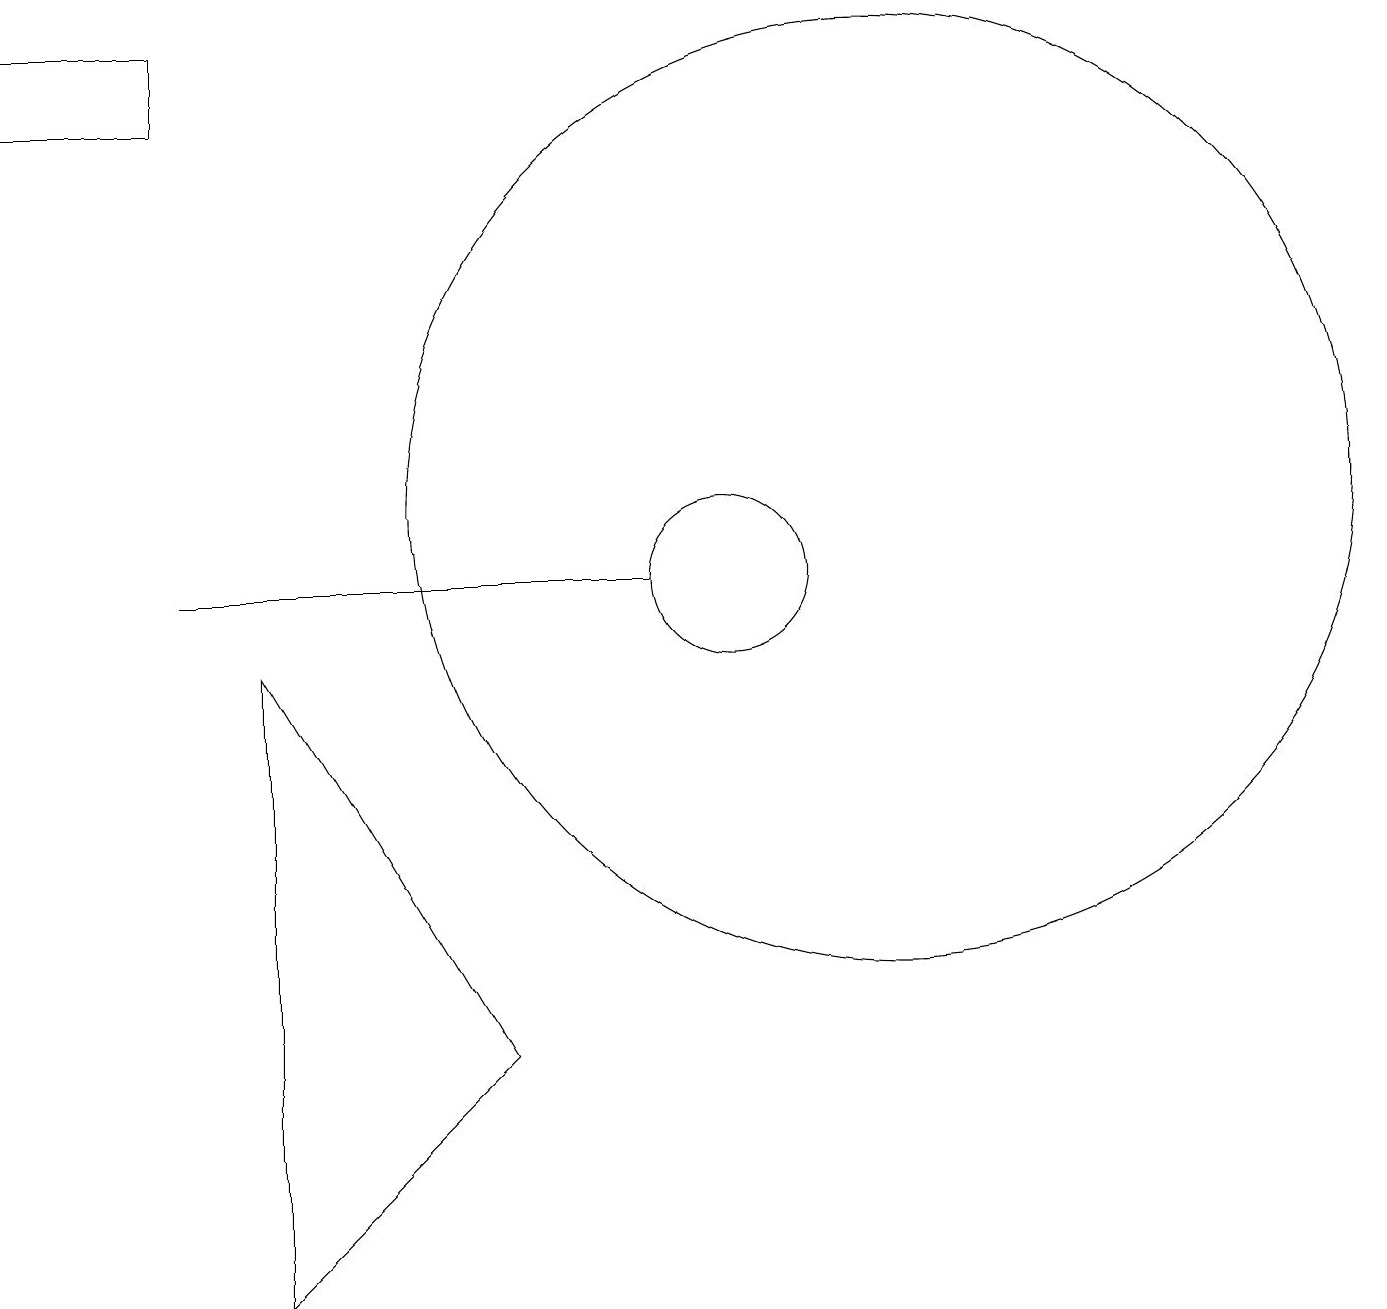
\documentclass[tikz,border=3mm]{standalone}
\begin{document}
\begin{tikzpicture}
\draw (10,10) circle (1);
\draw (9,10) rectangle (3,10);
\draw (12,11) circle (6);
\draw (4,9) -- (4,1) -- (7,4) -- cycle;
\draw (1,17) rectangle (3,16);
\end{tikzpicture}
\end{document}